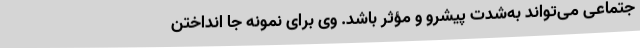
جتماعی می‌تواند به‌شدت پیشرو و مؤثر باشد. وی برای نمونه جا انداختن